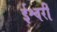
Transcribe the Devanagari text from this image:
ईश्वरीं